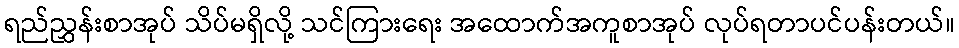
ရည်ညွှန်းစာအုပ် သိပ်မရှိလို့ သင်ကြားရေး အထောက်အကူစာအုပ် လုပ်ရတာပင်ပန်းတယ်။